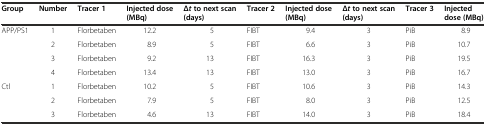
<table><thead><tr><td><b>Group</b></td><td><b>Number</b></td><td><b>Tracer 1</b></td><td><b>Injected dose (MBq)</b></td><td><b>Δ<i>t</i>to next scan (days)</b></td><td><b>Tracer 2</b></td><td><b>Injected dose (MBq)</b></td><td><b>Δ<i>t</i>to next scan (days)</b></td><td><b>Tracer 3</b></td><td><b>Injected dose (MBq)</b></td></tr></thead><tbody><tr><td rowspan="4">APP/PS1</td><td>1</td><td>Florbetaben</td><td>12.2</td><td>5</td><td>FIBT</td><td>9.4</td><td>3</td><td>PiB</td><td>8.9</td></tr><tr><td>2</td><td>Florbetaben</td><td>8.9</td><td>5</td><td>FIBT</td><td>6.6</td><td>3</td><td>PiB</td><td>10.7</td></tr><tr><td>3</td><td>Florbetaben</td><td>9.2</td><td>13</td><td>FIBT</td><td>16.3</td><td>3</td><td>PiB</td><td>19.5</td></tr><tr><td>4</td><td>Florbetaben</td><td>13.4</td><td>13</td><td>FIBT</td><td>13.0</td><td>3</td><td>PiB</td><td>16.7</td></tr><tr><td rowspan="3">Ctl</td><td>1</td><td>Florbetaben</td><td>10.2</td><td>5</td><td>FIBT</td><td>10.6</td><td>3</td><td>PiB</td><td>14.3</td></tr><tr><td>2</td><td>Florbetaben</td><td>7.9</td><td>5</td><td>FIBT</td><td>8.0</td><td>3</td><td>PiB</td><td>12.5</td></tr><tr><td>3</td><td>Florbetaben</td><td>4.6</td><td>13</td><td>FIBT</td><td>14.0</td><td>3</td><td>PiB</td><td>18.4</td></tr></tbody></table>